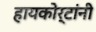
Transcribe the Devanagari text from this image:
हायकोर्टांनी